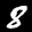
Label: 8